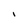
Character: I